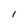
Character: 1